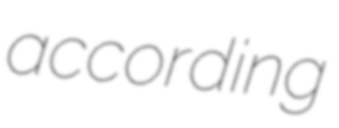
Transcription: according